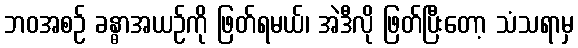
ဘဝအစဉ် ခန္ဓာအယဉ်ကို ဖြတ်ရမယ်၊ အဲဒီလို ဖြတ်ပြီးတော့ သံသရာမှ